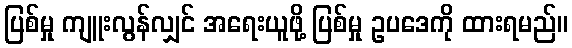
ပြစ်မှု ကျူးလွန်လျှင် အရေးယူဖို့ ပြစ်မှု ဥပဒေကို ထားရမည်။